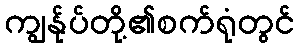
ကျွန်ုပ်တို့၏စက်ရုံတွင်